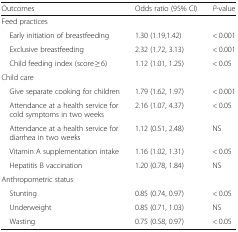
<table><thead><tr><td><b>Outcomes</b></td><td><b>Odds ratio (95% CI)</b></td><td><b><i>P</i>-value</b></td></tr></thead><tbody><tr><td colspan="3">Feed practices</td></tr><tr><td> Early initiation of breastfeeding</td><td>1.30 (1.19,1.42)</td><td>&lt; 0.001</td></tr><tr><td> Exclusive breastfeeding</td><td>2.32 (1.72, 3.13)</td><td>&lt; 0.001</td></tr><tr><td> Child feeding index (score ≥ 6)</td><td>1.12 (1.01, 1.25)</td><td>&lt; 0.05</td></tr><tr><td colspan="3">Child care</td></tr><tr><td> Give separate cooking for children</td><td>1.79 (1.62, 1.97)</td><td>&lt; 0.001</td></tr><tr><td> Attendance at a health service for cold symptoms in two weeks</td><td>2.16 (1.07, 4.37)</td><td>&lt; 0.05</td></tr><tr><td> Attendance at a health service for diarrhea in two weeks</td><td>1.12 (0.51, 2.48)</td><td>NS</td></tr><tr><td> Vitamin A supplementation intake</td><td>1.16 (1.02, 1.31)</td><td>&lt; 0.05</td></tr><tr><td> Hepatitis B vaccination</td><td>1.20 (0.78, 1.84)</td><td>NS</td></tr><tr><td colspan="3">Anthropometric status</td></tr><tr><td> Stunting</td><td>0.85 (0.74, 0.97)</td><td>&lt; 0.05</td></tr><tr><td> Underweight</td><td>0.85 (0.71, 1.03)</td><td>NS</td></tr><tr><td> Wasting</td><td>0.75 (0.58, 0.97)</td><td>&lt; 0.05</td></tr></tbody></table>